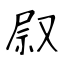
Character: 叞